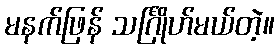
မနက်ဖြန် သင်္ဂြိုဟ်မယ်တဲ့။